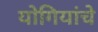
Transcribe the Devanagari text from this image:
योगियांचे